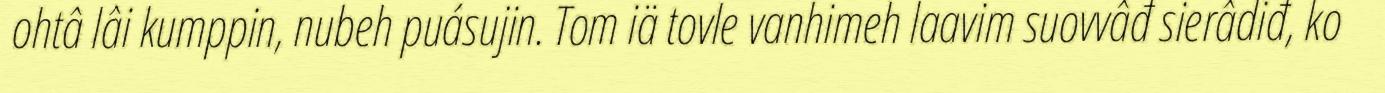
ohtâ lâi kumppin, nubeh puásujin. Tom iä tovle vanhimeh laavim suovvâđ sierâdiđ, ko